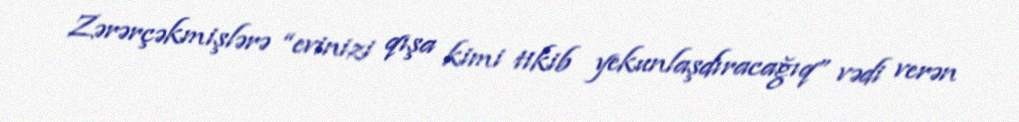
Zərərçəkmişlərə “evinizi qışa kimi tikib yekunlaşdıracağıq” vədi verən